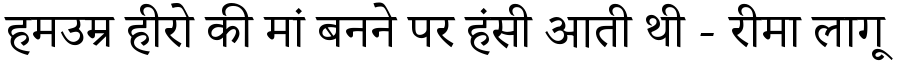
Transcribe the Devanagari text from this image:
हमउम्र हीरो की मां बनने पर हंसी आती थी - रीमा लागू